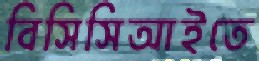
বিসিসিআইতে